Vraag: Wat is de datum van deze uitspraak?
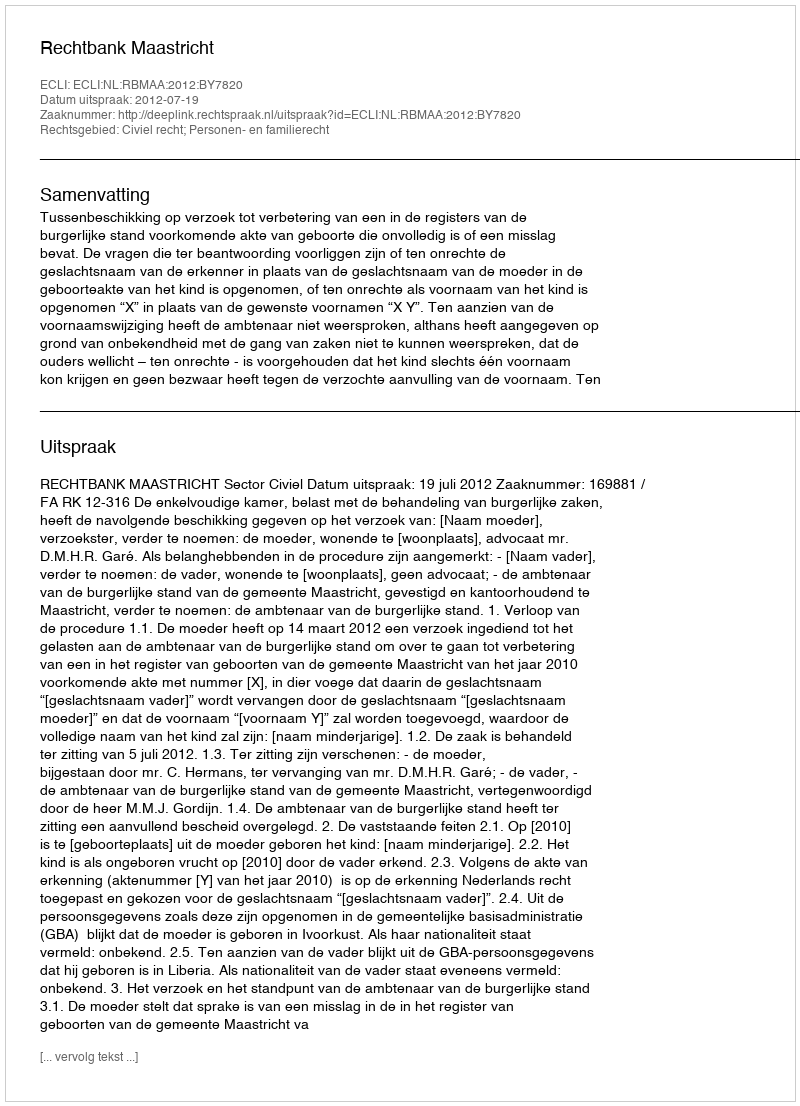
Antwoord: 2012-07-19